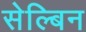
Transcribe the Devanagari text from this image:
सेल्बिन